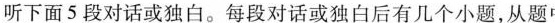
听下面5 段对话或独白。每段对话或独白后有几个小题,从题 &